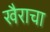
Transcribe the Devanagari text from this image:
खैराचा